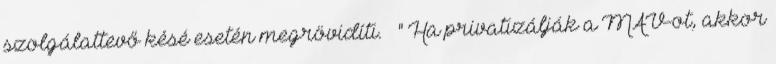
szolgálattevő késé esetén megrövidíti. " Ha privatizálják a MÁV-ot, akkor